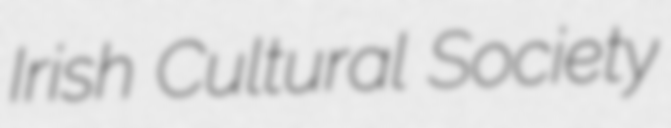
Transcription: Irish Cultural Society